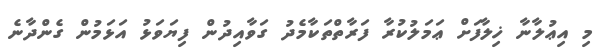
މި އިޢުލާނާ ޚިލާފަށް ޢަމަލުކުރާ ފަރާތްތަކާމެދު ގަވާއިދުން ފިޔަވަޅު އަޅަމުން ގެންދާނެ